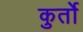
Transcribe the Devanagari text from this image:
कुर्तो